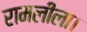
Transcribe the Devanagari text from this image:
रामलीला।